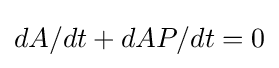
dA/dt+dAP/dt=0